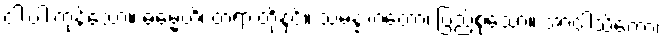
ငါးပါးကုန်သော။ ဓမ္မေဟိ၊ တရားတို့နှင့်။ သမန္နာဂတော၊ ပြည့်စုံသော။ အာဝါသိကော၊